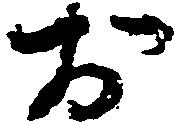
お